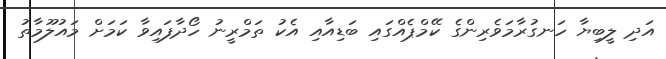
އަދި ލީބިޔާ ހަނގުރާމަވެރިންގެ ކޭމްޕެއްގައި ބަޑިއާއި އެކު ތަމްރީނު ހޯދާފައިވާ ކަމަށް މައުލޫމާތު